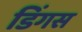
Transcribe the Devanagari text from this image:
डिंगस